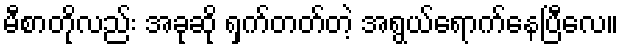
မီစာတိုလည်း အခုဆို ရှက်တတ်တဲ့ အရွယ်ရောက်နေပြီလေ။